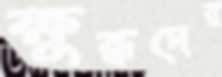
ক্ষুব্ধদের